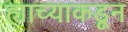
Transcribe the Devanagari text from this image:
ह्याच्याकडून